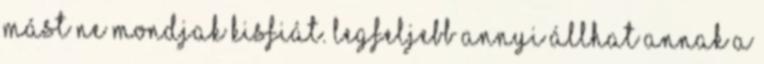
mást ne mondjak kisfiát. Legfeljebb annyi állhat annak a